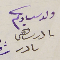
ولد سيادتكم ىادر ساهىن ىادر